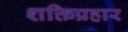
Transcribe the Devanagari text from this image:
शक्तिप्रहार